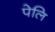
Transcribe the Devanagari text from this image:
पेलि